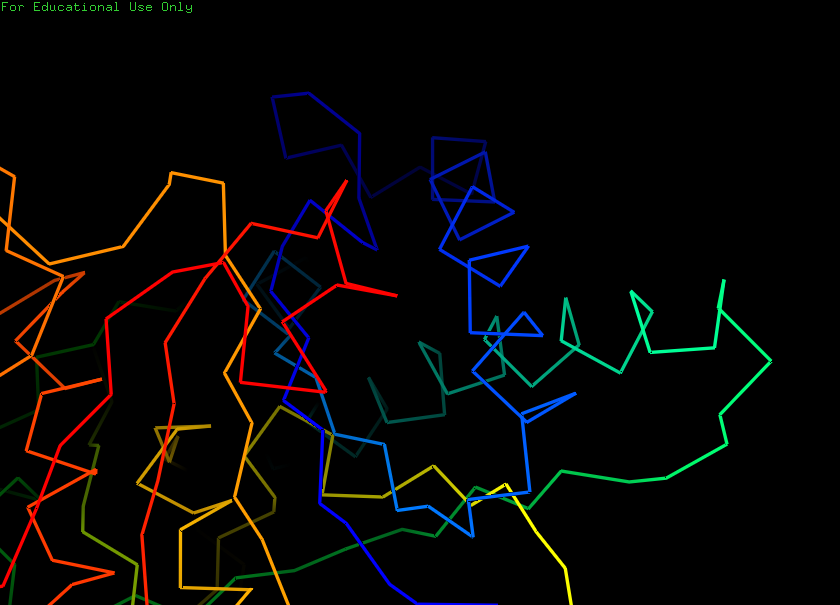
pymol, preset, ligand_sites_trans